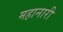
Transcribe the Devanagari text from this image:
महानारी